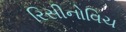
રિસીનોવિચ